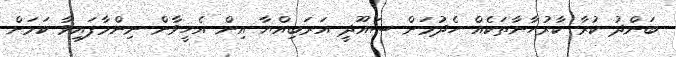
ބަންދު ކުރާ ކާރުހާނާތަކެއް ހެދުމަށް ސައޫދީ އަރަބިއްޔާ އިން އެހީވާން ނިންމާފައިވާ ކަމަށް